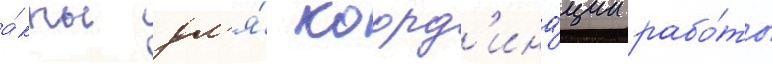
а́кты дл'я́ коорд'ина́ции рабо́ты